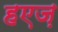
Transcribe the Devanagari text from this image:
हएज़